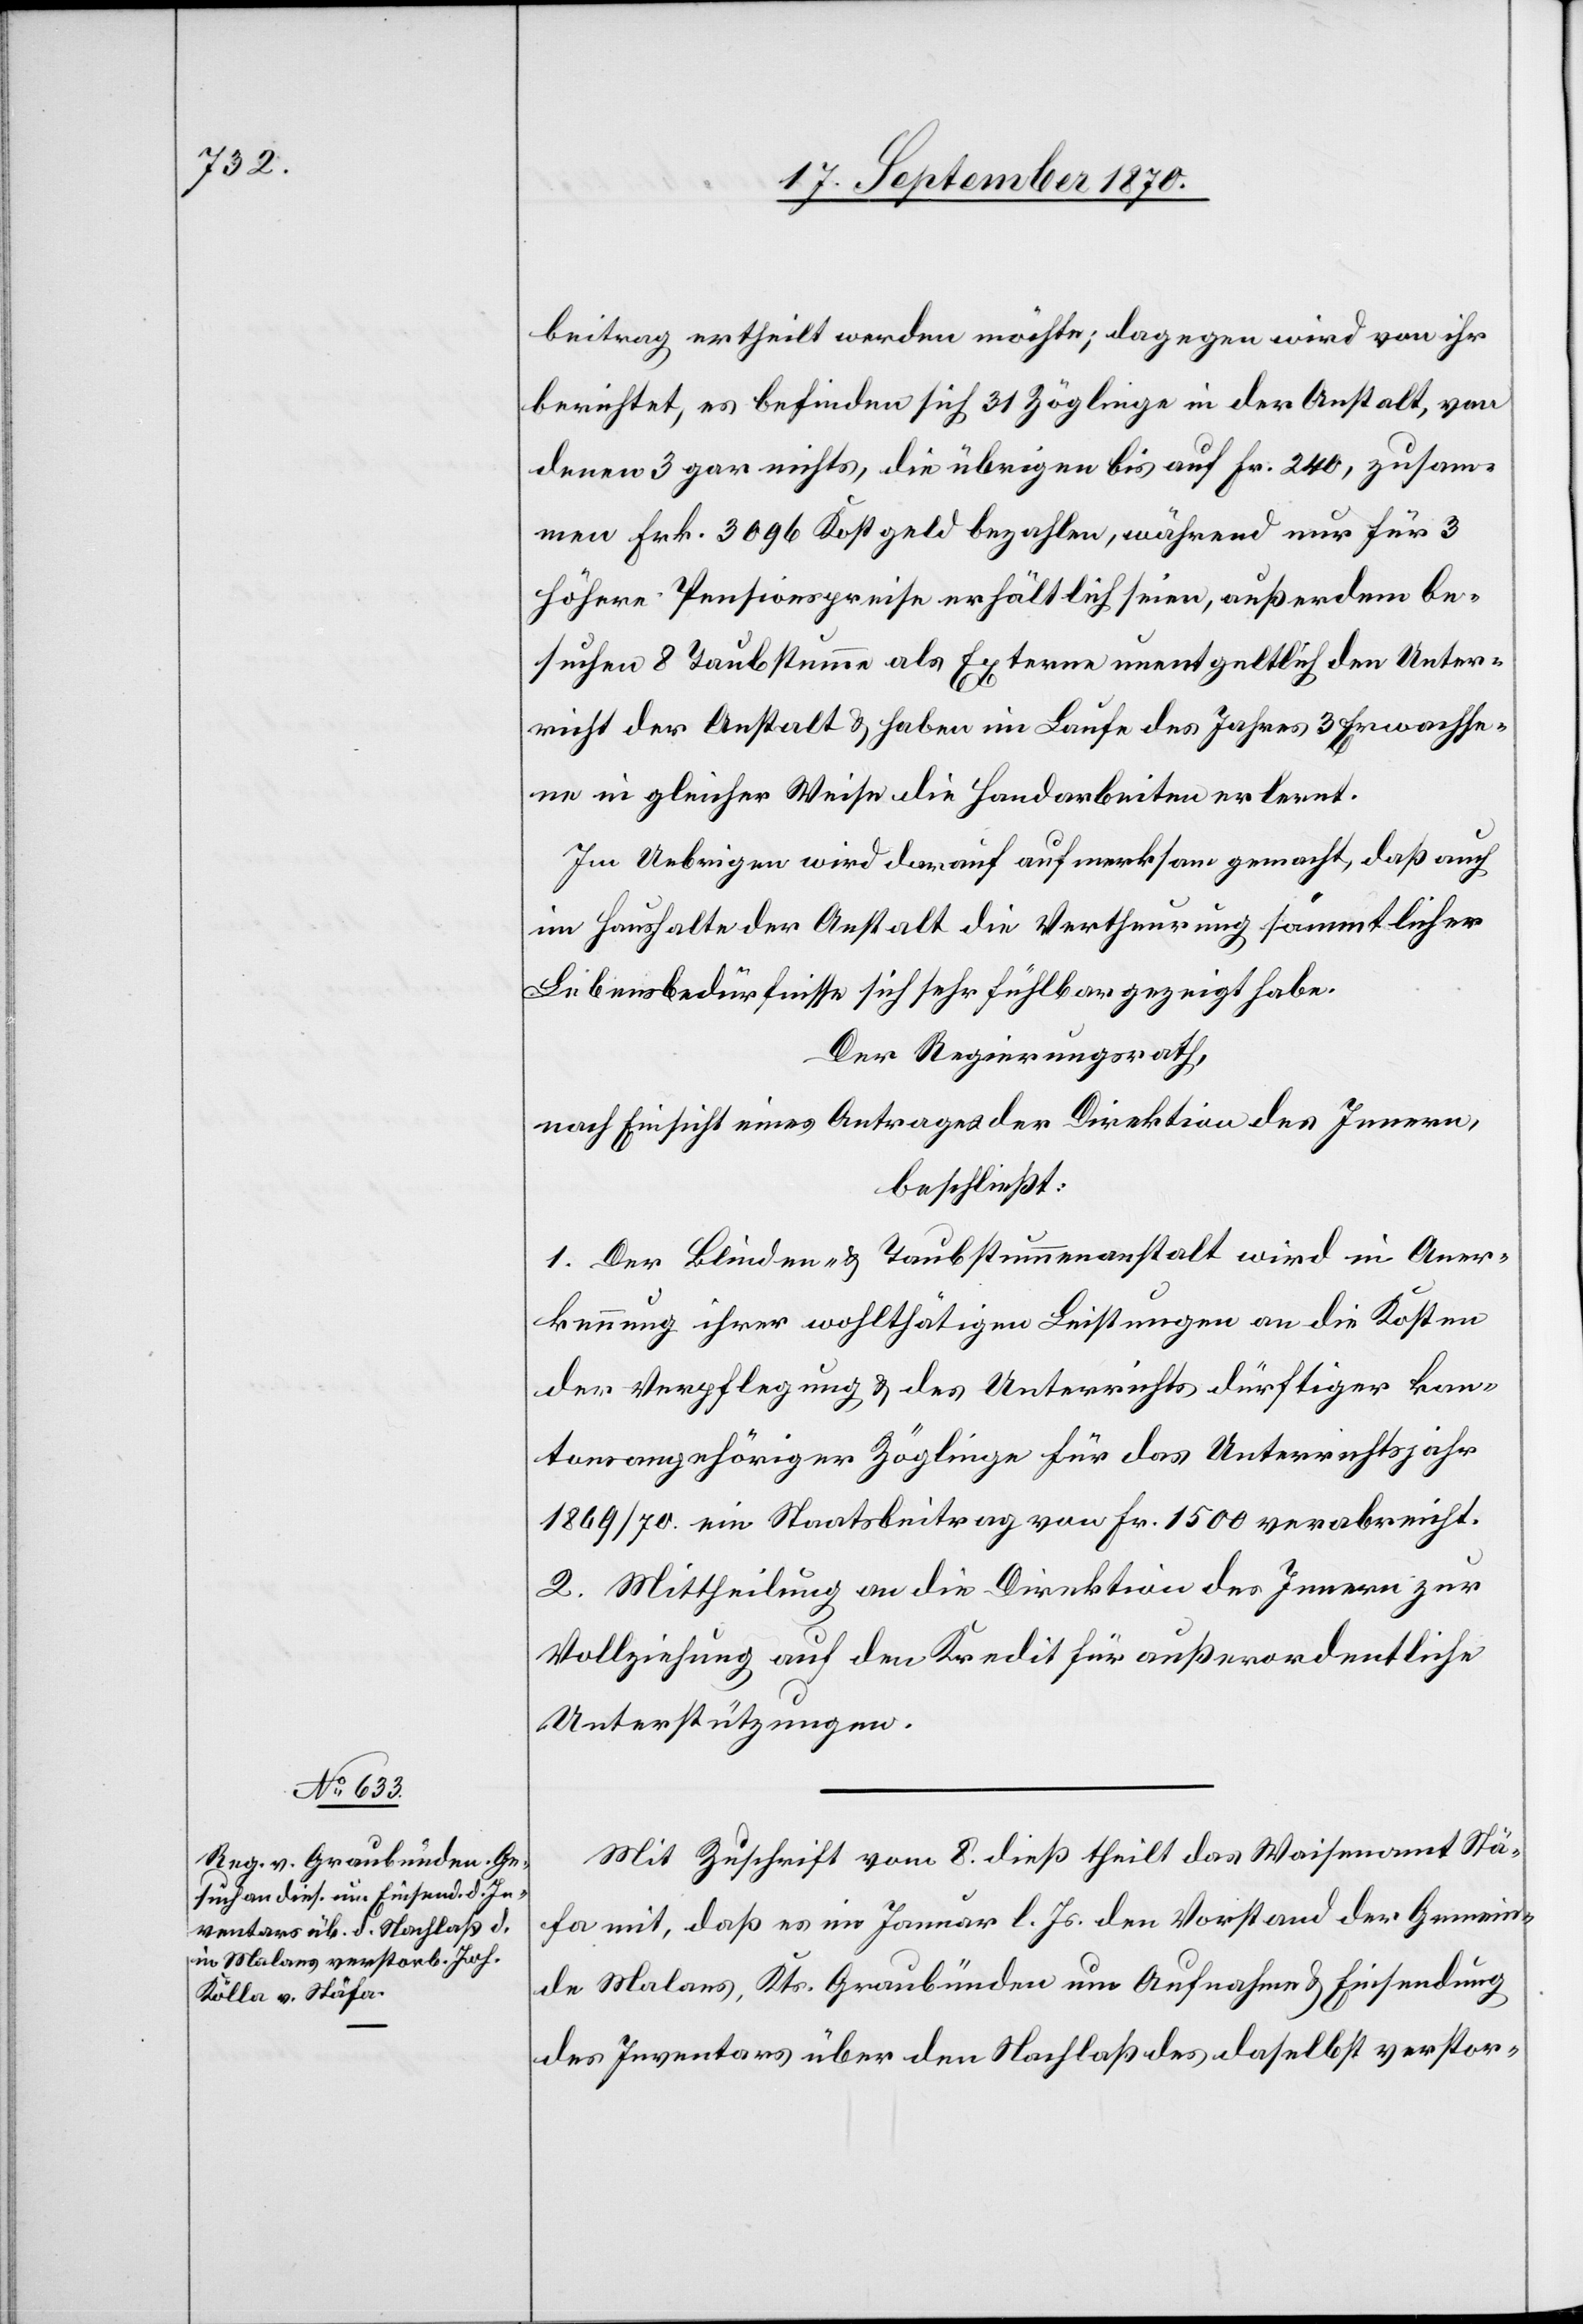
beitrag ertheilt werden möchte; dagegen wird von ihr
berichtet, es befinden sich 31 Zöglinge in der Anstalt, von
denen 3 gar nichts, die übrigens bis auf Fr. 240, zusam¬
men Frk. 3096 Kostgeld bezahlen, während nur für 3
höhere Pensionspreise erhältlich seien, außerdem be¬
suchen 8 Taubstumme als Externe unentgeltlich den Unter¬
richt der Anstalt & haben im Laufe des Jahres 3 Erwachse¬
ne in gleicher Weise die Handarbeiten erlernt.
Im Uebrigen wird darauf aufmerksam gemacht, daß auch
im Haushalte der Anstalt die Vertheuerung sämmtlicher
Lebensbedürfnisse sich sehr fühlbar gezeigt habe.
Der Regierungsrath,
nach Einsicht eines Antrages der Direktion des Innern,
beschließt:
1. Der Blinden- & Taubstummenanstalt wird in Aner¬
kennung ihrer wohlthätigen Leistungen an die Kosten
der Verpflegung & des Unterrichts dürftiger kan¬
tonsangehöriger Zöglinge für das Unterrichtsjahr
1869/70 ein Staatsbeitrag von Fr. 1500 verabreicht.
2. Mittheilung an die Direktion des Innern zur
Vollziehung auf den Kredit für außerordentliche
Unterstützungen.
Mit Zuschrift vom 8. dieß theilt das Waisenamt Stä¬
fa mit, daß es im Januar l. Js. den Vorstand der Gemein¬
de Malans, Kts. Graubünden um Aufnahme & Einsendung
des Inventars über den Nachlaß des daselbst verstor-